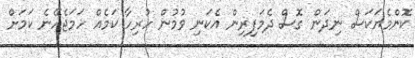
ކޮންމެޔަކަސް ނިދަން ގޮސް ދެމަފިރިން އެކަނި ވުމުން ހުރިހާ ކަމެއް ހަމަޖެހޭނެ ކަމަށް